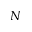
N